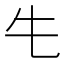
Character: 𮯲